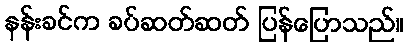
နန်းခင်က ခပ်ဆတ်ဆတ် ပြန်ပြောသည်။